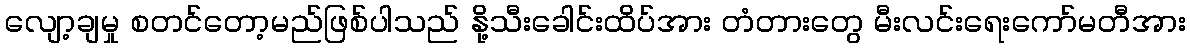
လျော့ချမှု စတင်တော့မည်ဖြစ်ပါသည် နို့သီးခေါင်းထိပ်အား တံတားတွေ မီးလင်းရေးကော်မတီအား